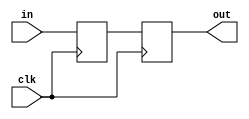
module synchronizer(
    input                     clk,
    input [(WIDTH-1):0]       in,
    output wire [(WIDTH-1):0] out);

   parameter WIDTH = 1;

   reg [(WIDTH-1):0] sync[1:2];
   always @(posedge clk) begin
      sync[1] <= in;
      sync[2] <= sync[1];
   end

   assign out = sync[2];
   
endmodule